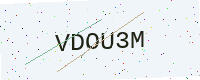
Text: VDOU3M